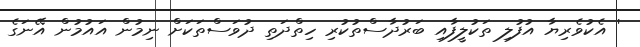
' އެކުވެރިޔާ އުފުލި ތަކުލީފާއި ބަރުދާސްތުކުރި ހިތްދަތި ދުވަސްތަކަށް ނިމުން އައުމުން އޭނަގެ